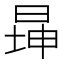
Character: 𬀾